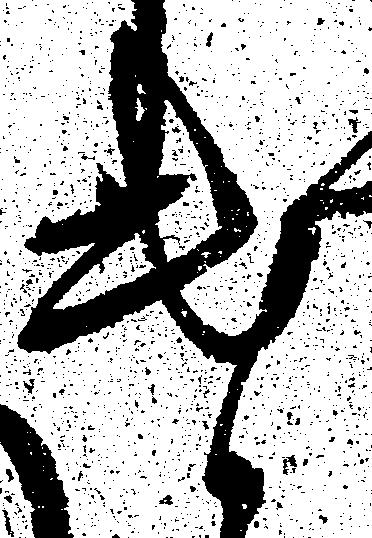
遣